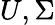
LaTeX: U,\Sigma